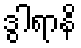
ဒွါရာနိ